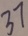
3 7